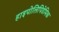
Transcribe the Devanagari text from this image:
हाइपोलिपिडेमिक